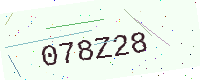
Text: 078Z28